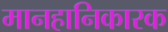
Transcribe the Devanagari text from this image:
मानहानिकारक